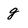
Character: g